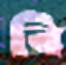
বি